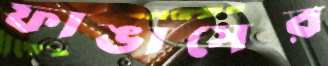
ফাঙাসের